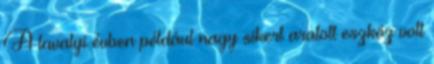
A tavalyi évben például nagy sikert aratott eszköz volt